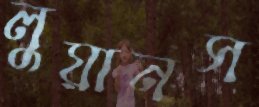
লুয়ানস